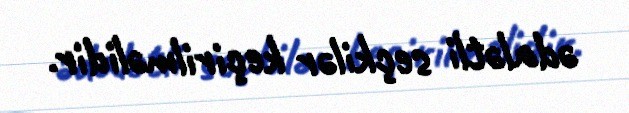
ədalətli seçkilər keçirilməlidir.